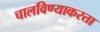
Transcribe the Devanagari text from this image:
चालविण्याकरता